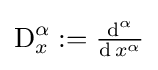
{\textstyle \operatorname {D} _{x}^{\alpha }:={\frac {\operatorname {d} ^{\alpha }}{\operatorname {d} x^{\alpha }}}}